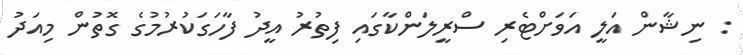
: ނިޝާން އަލީ އަވަށްޓެރި ސްރީލަންކާގައި ފިތުރު އީދު ފާހަގަކުރުމުގެ ގޮތުން މިއަދު